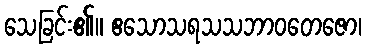
သေခြင်း၏။ ဧသောသရသသဘာဝတေဇော၊